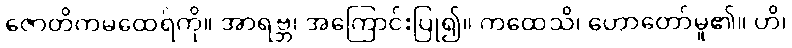
ဇောတိကမထေရ်ကို။ အာရဗ္ဘ၊ အကြောင်းပြု၍။ ကထေသိ၊ ဟောတော်မူ၏။ ဟိ၊